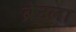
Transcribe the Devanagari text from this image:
ब्रेउला